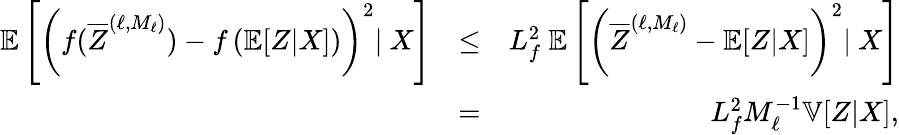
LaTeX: \begin{array}{rlr}{{\mathbb{E}}\left[\left(f({\overline{{Z}}}^{(\ell,M_{\ell})})-f\left({\mathbb{E}}[Z|X]\right)\right)^{2}|\ X\right]}&{\leq}&{L_{f}^{2}\ {\mathbb{E}}\left[\left({\overline{{Z}}}^{(\ell,M_{\ell})}-{\mathbb{E}}[Z|X]\right)^{2}|\ X\right]}\\ &{=}&{L_{f}^{2}M_{\ell}^{-1}{\mathbb{V}}[Z|X],}\end{array}